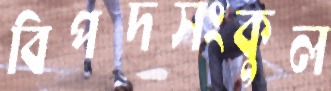
বিপদসংকুল